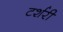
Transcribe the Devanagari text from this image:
टर्शरी